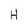
Character: H